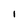
Character: I